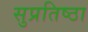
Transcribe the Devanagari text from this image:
सुप्रतिष्ठा